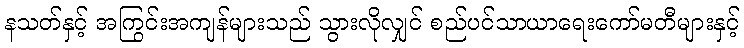
နသတ်နှင့် အကြွင်းအကျန်များသည် သွားလိုလျှင် စည်ပင်သာယာရေးကော်မတီများနှင့်